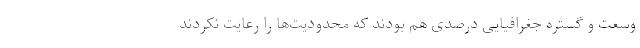
وسعت و گستره جغرافیایی درصدی هم بودند که محدودیت‌ها را رعایت نکردند